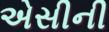
એસીની